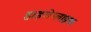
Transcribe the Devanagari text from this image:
हाइरोग्लाइफ